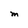
Character: M